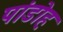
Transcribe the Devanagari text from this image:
पांडोह